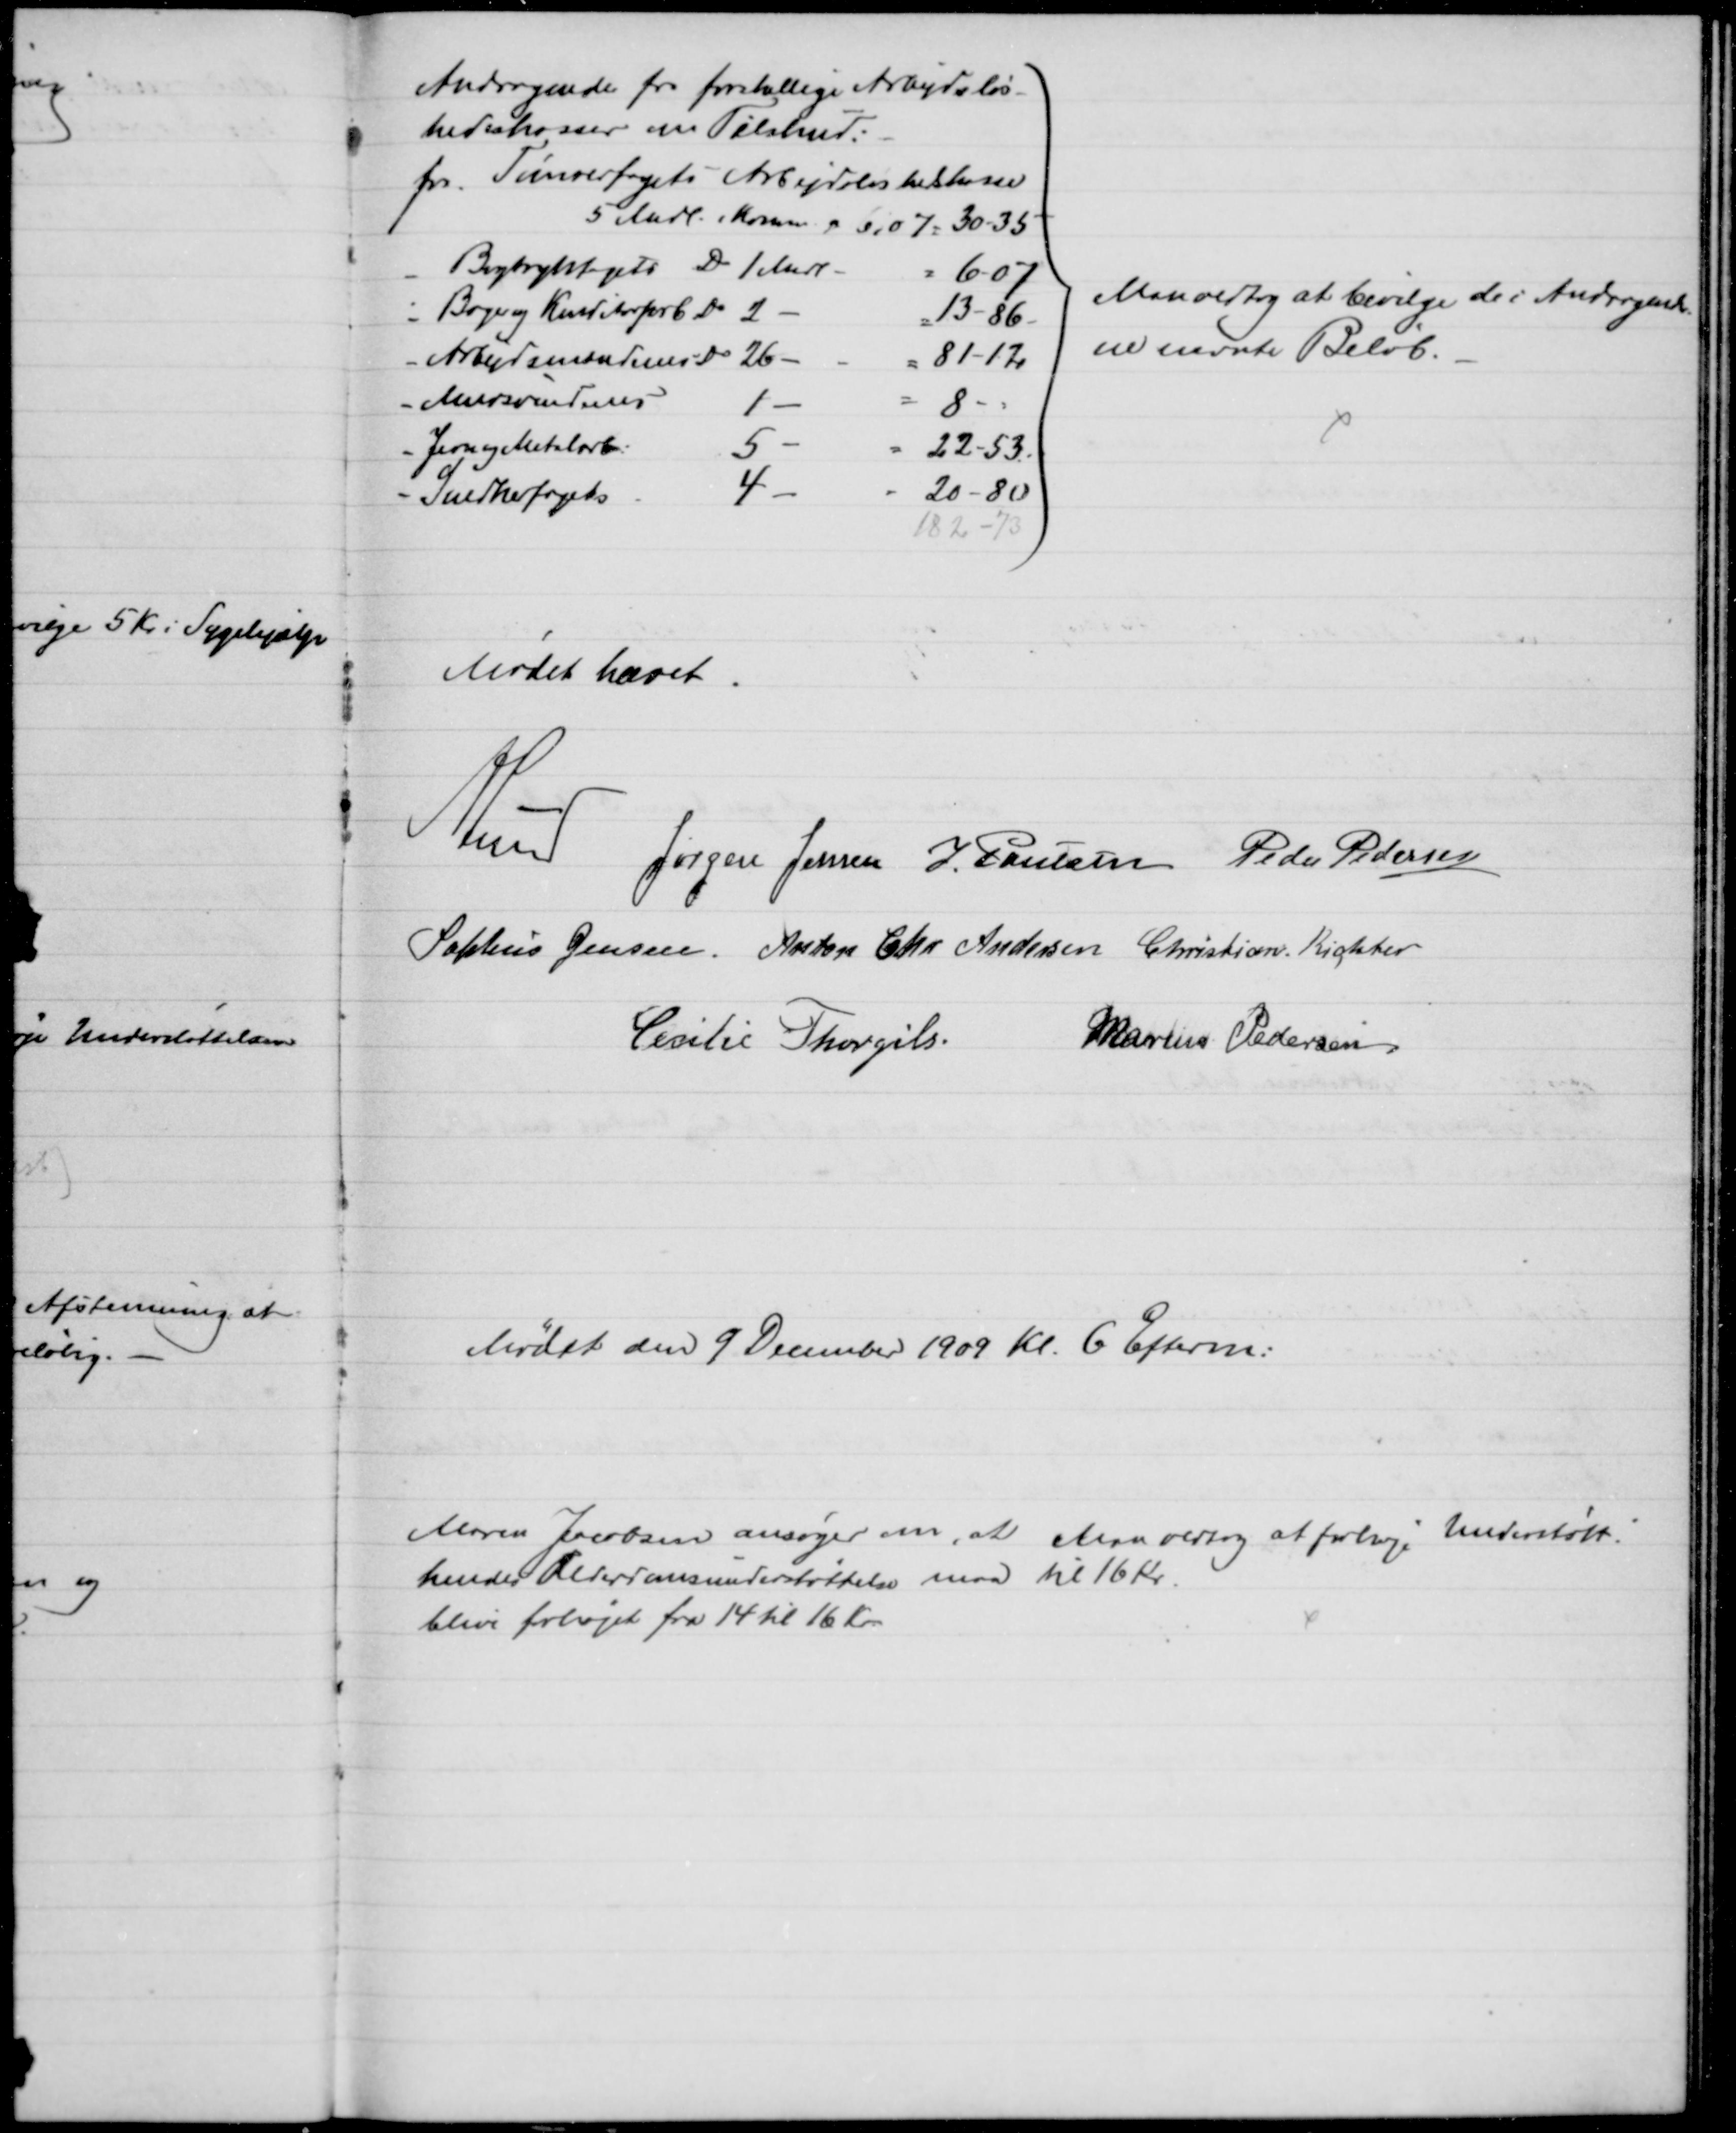
Transskription:
Andragende for forskellige Arbejdsløs-
hedskasser om Tilskud:
fra Tømrerfagets Arbejdsløshedskasse
5 Mdl. i Komm a 6,07 = 30-35
Bogtrykfagets Do 1 Mdl.
6-07
Bager og Konditorforb. Do 2
13-86
Arbejdsmændenes Do 26
81-12
Mursvendenes
1
8
Jern og Metalarb:
5
22-53
Snedkerfagets
4
20-80
182-73
Man vedtog at bevilge de i Andragender-
ne nævnte Beløb.
Mødet hævet.
A Lund
Jørgen Jensen J. Poulsen Peder Pedersen
Sophus Jensen. Anton Chr Andersen Christian Richter
Cecilie Thorgils. 
Marius Pedersen
Mødet den 9 December 1909 Kl. 6 Efterm:
Maren Jacobsen ansøger om, at 
hendes Alderdomsunderstøttelse maa
blive forhøjet fra 14 til 16 Kr
Man vedtog at forhøje Understøtt.
til 16 Kr.